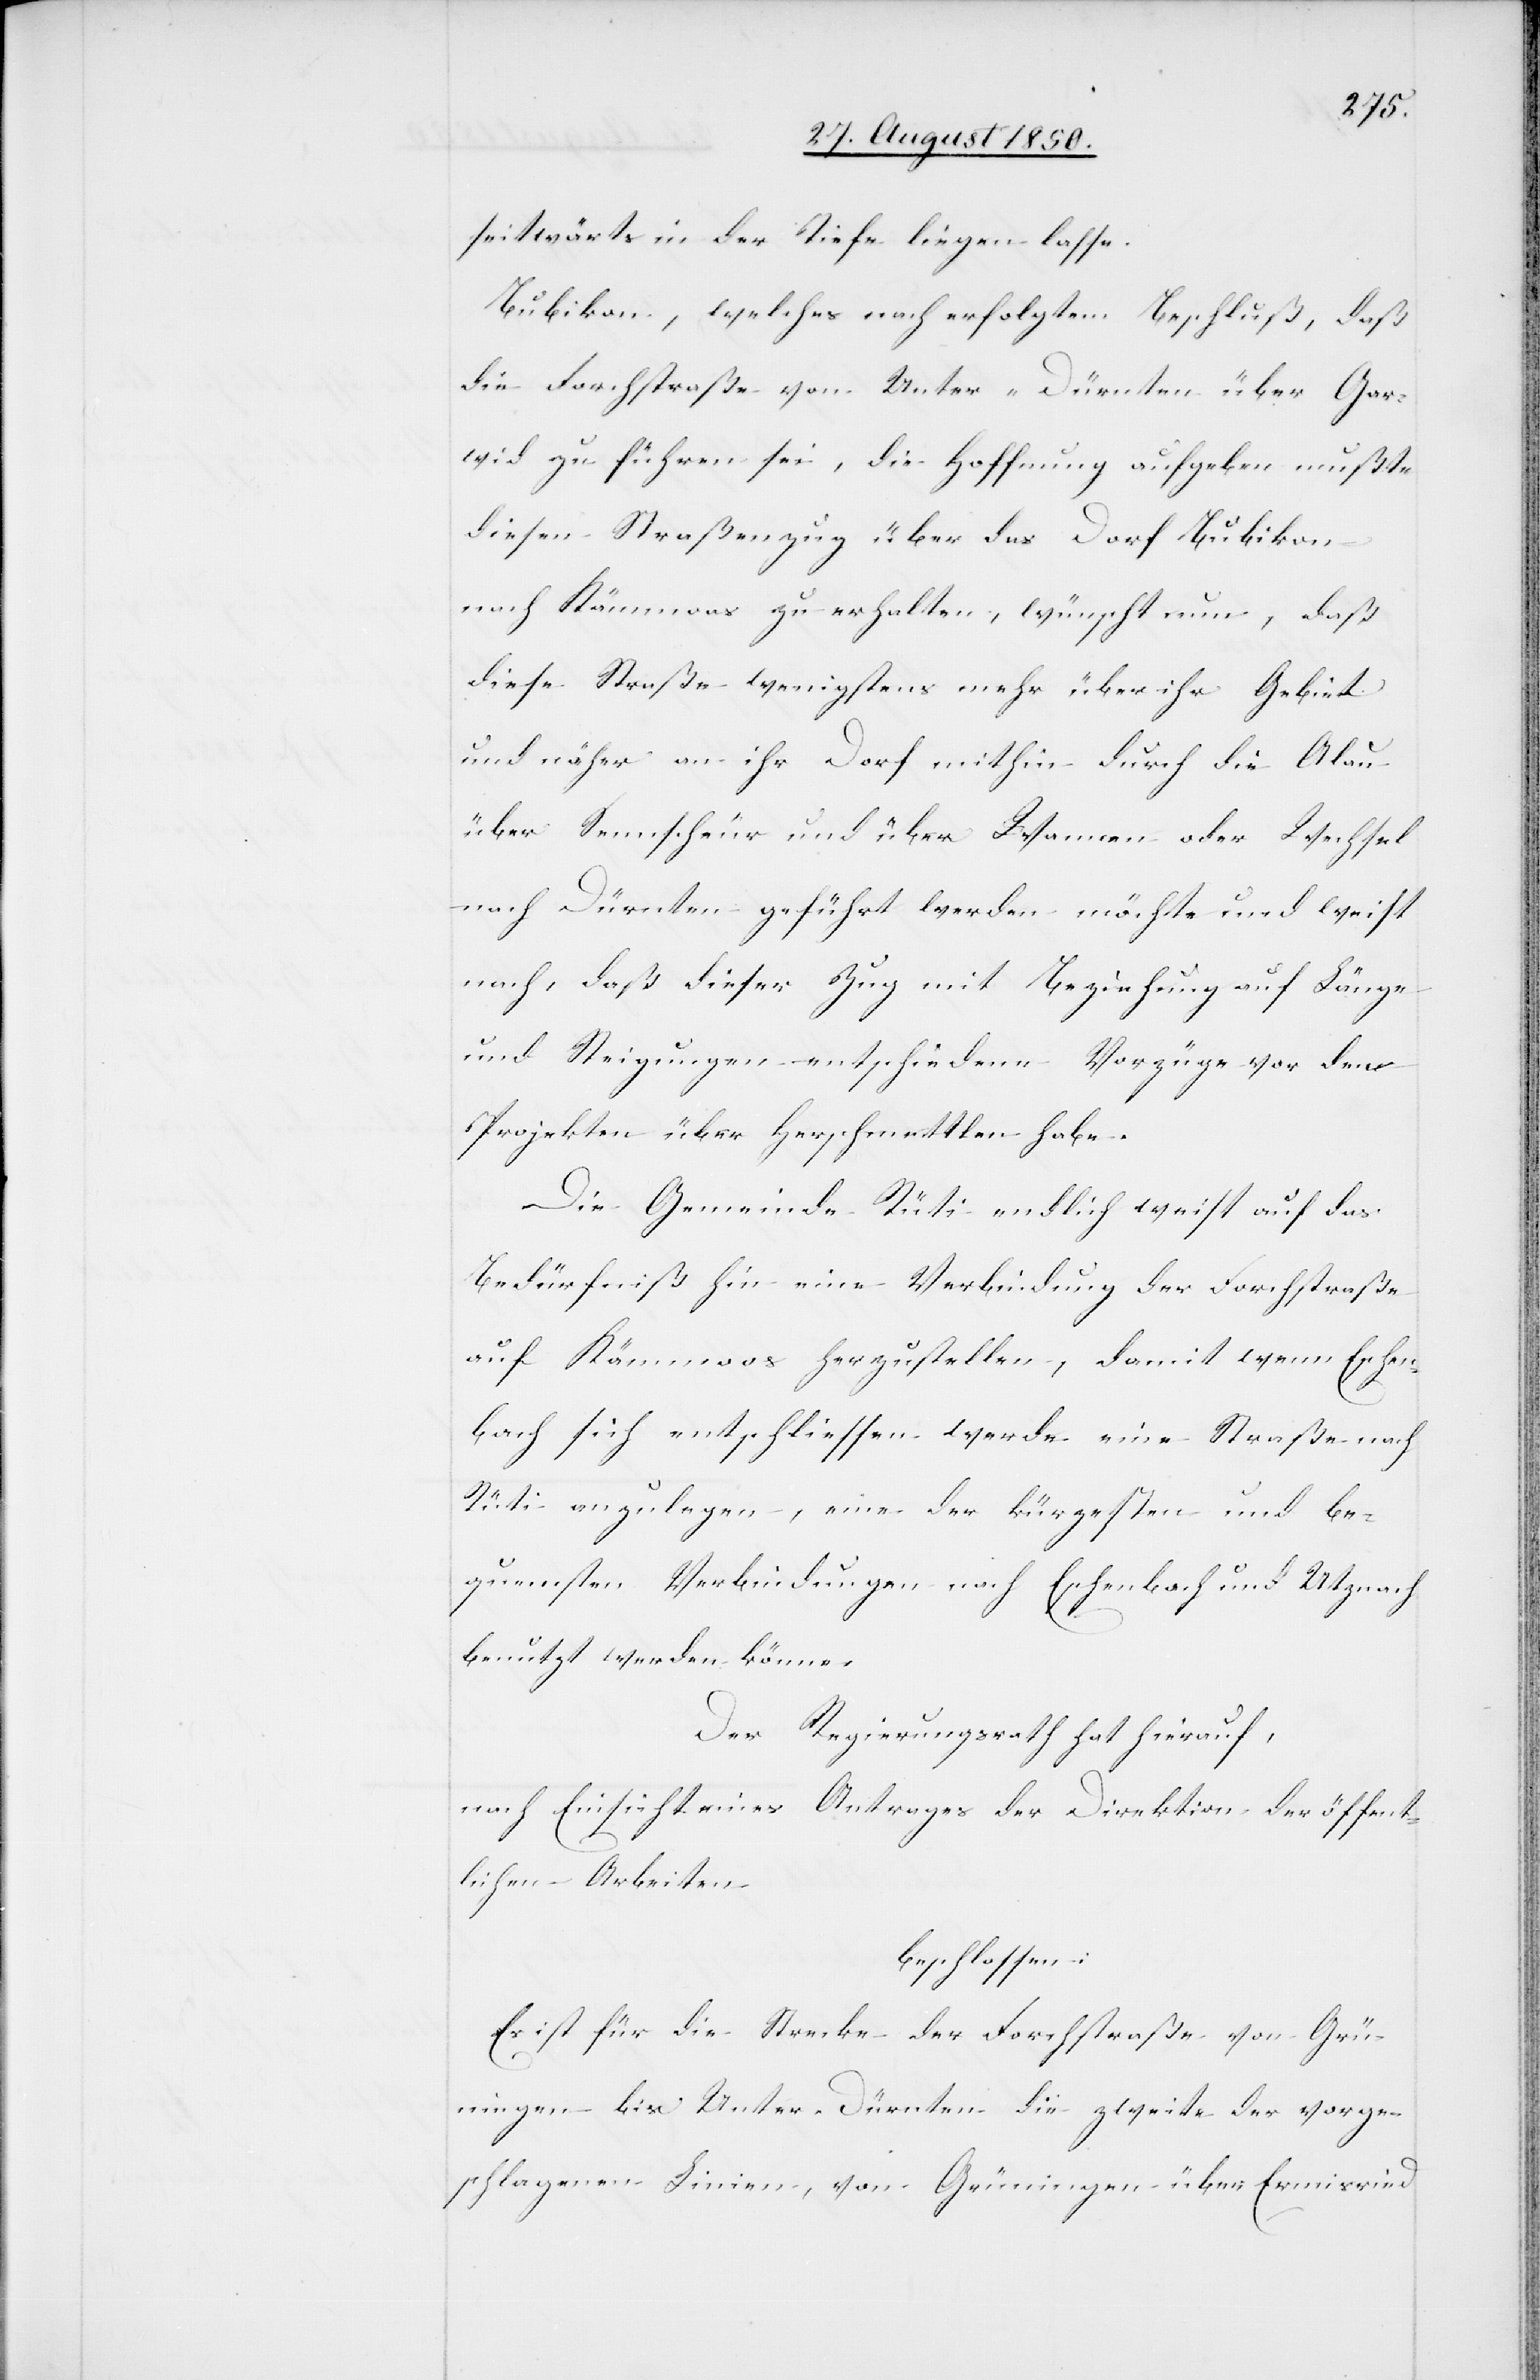
seitwärts in der Tiefe liegen lasse.
Bubikon, welches nach erfolgtem Beschluß, daß
die Forchstraße von Unter-Dürnten über Gar¬
wid zu führen sei, die Hoffnung aufgeben mußte
diesen Straßenzug über das Dorf Bubikon
nach Kämmoos zu erhalten, wünscht nun, daß
diese Straße wenigstens mehr über ihr Gebiet
und näher an ihr Dorf mithin durch die Alau
über Sennscheur und über Wannen oder Wechsel
nach Dürnten geführt werden möchte und weist
nach, daß dieser Zug mit Beziehung auf Länge
und Steigungen entschiedene Vorzüge vor den
Projekten über Herschmettlen habe.
Die Gemeinde Rüti endlich weist auf das
Bedürfniß hin eine Verbindung der Forchstraße
auf Kämmoos herzustellen, damit wenn Eschen¬
bach sich entschliessen werde eine Straße nach
Rüti anzulegen, eine der kürzesten und be¬
quemsten Verbindungen nach Eschenbach und Utznach
benutzt werden könne.
Der Regierungsrath hat hierauf,
nach Einsicht eines Antrages der Direktion der öffent¬
lichen Arbeiten
beschlossen:
Es ist für die Strecke der Forchstraße von Grü¬
ningen bis Unter-Dürnten die zweite der vorge¬
schlagenen Linien, von Grüningen über Ermisried[,]